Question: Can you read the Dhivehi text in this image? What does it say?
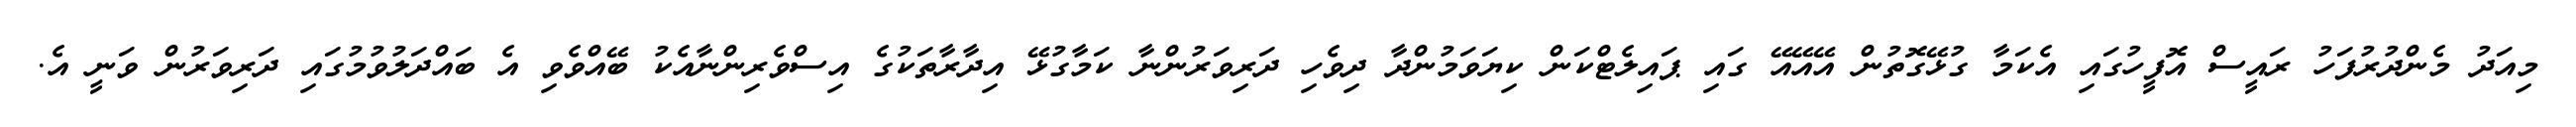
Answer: މިއަދު މެންދުރުފަހު ރައީސް އޮފީހުގައި އެކަމާ ގުޅޭގޮތުން އޭއޭއޭ ގައި ޕައިލެޓްކަން ކިޔަވަމުންދާ ދިވެހި ދަރިވަރުންނާ ކަމާގުޅޭ އިދާރާތަކުގެ އިސްވެރިންނާއެކު ބޭއްވެވި އެ ބައްދަލުވުމުގައި ދަރިވަރުން ވަނީ އެ.